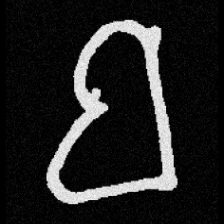
Pyu character \u2014 Myanmar letter: ဗ (romanized: ba)